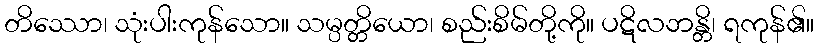
တိဿော၊ သုံးပါးကုန်သော။ သမ္ပတ္တိယော၊ စည်းစိမ်တို့ကို။ ပဋိလဘန္တိ၊ ရကုန်၏။